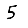
Digit: 5